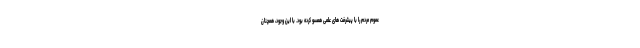
عموم مردم را با پیشرفت های علمی همسو کرده بود. با این وجود، همچنان